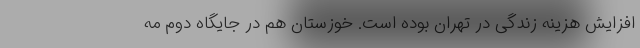
افزایش هزینه زندگی در تهران بوده است. خوزستان هم در جایگاه دوم مه